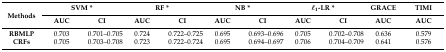
| <ROWSPAN=2> Methods | <COLSPAN=2> SVM * | <COLSPAN=2> RF * | <COLSPAN=2> NB * | <COLSPAN=2> l1-LR * | GRACE | TIMI |
 | AUC | CI | AUC | CI | AUC | CI | AUC | CI | AUC | AUC |
 | --- | --- | --- | --- | --- | --- | --- | --- | --- | --- | --- |
 | RBMLP | 0.703 | 0.701–0.705 | 0.724 | 0.722–0.725 | 0.695 | 0.693–0.696 | 0.705 | 0.702–0.708 | 0.636 | 0.579 |
 | CRFs | 0.705 | 0.703–0.708 | 0.723 | 0.722–0.724 | 0.695 | 0.694–0.697 | 0.706 | 0.704–0.709 | 0.641 | 0.576 |